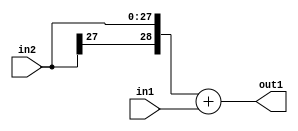
`timescale 1ps / 1ps
/*****************************************************************************
    Verilog RTL Description
    
    
    Created by: Stratus DpOpt 2019.1.01 
*******************************************************************************/

module GaussianFilter_Add_28Sx2U_29S_4 (
	in2,
	in1,
	out1
	); /* architecture "behavioural" */ 
input [27:0] in2;
input [1:0] in1;
output [28:0] out1;
wire [28:0] asc001;

assign asc001 = 
	+({in2[27], in2})
	+(in1);

assign out1 = asc001;
endmodule

/* CADENCE  ubP3TQ4= : u9/ySgnWtBlWxVPRXgAZ4Og= ** DO NOT EDIT THIS LINE ******/